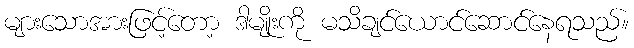
များသောအားဖြင့်တော့ ဒါမျိုးကို မသိချင်ယောင်ဆောင်နေရသည်။